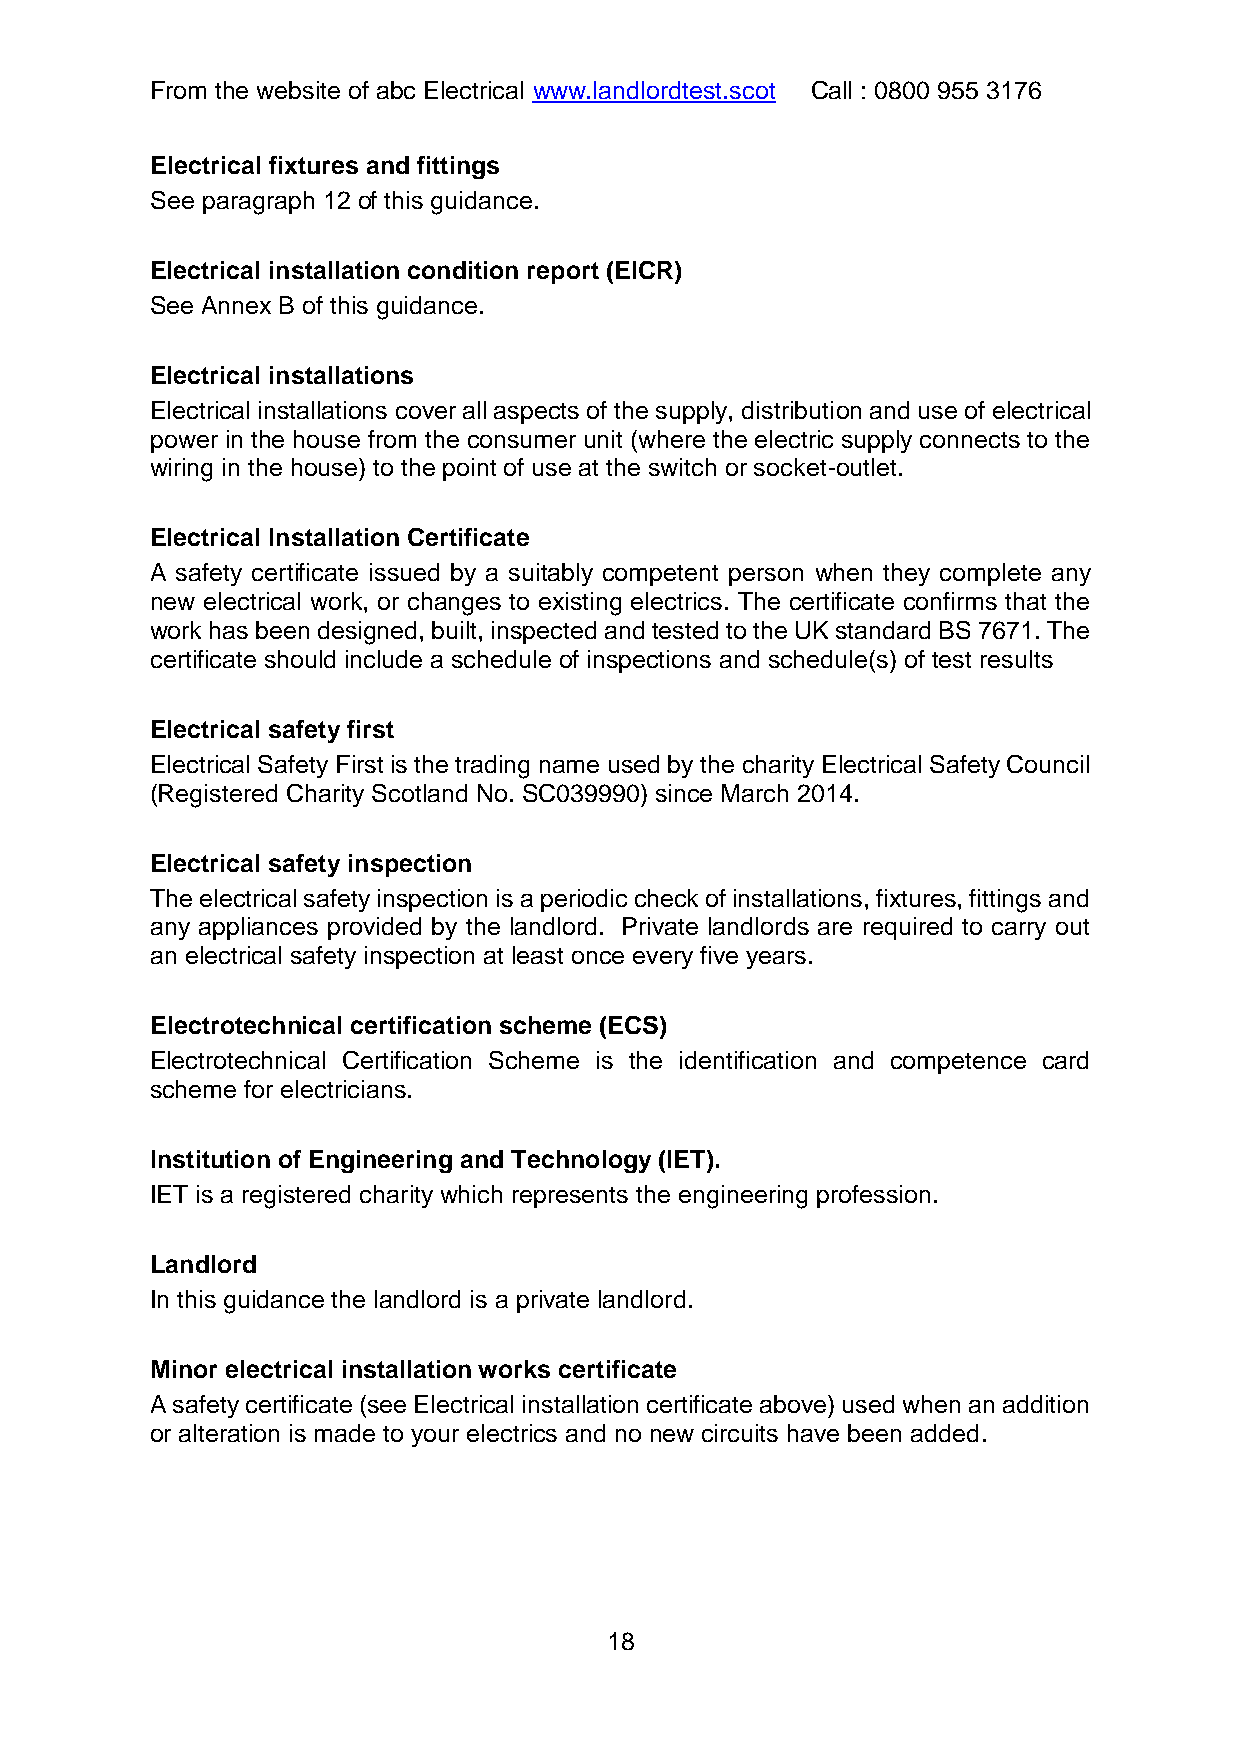
From the website of abc Electrical www.landlordtest.scot Call : 0800 955 3176
 Electrical fixtures and fittings
 See paragraph 12 of this guidance.
 Electrical installation condition report (EICR)
 See Annex B of this guidance.
 Electrical installations
 Electrical installations cover all aspects of the supply, distribution and use of electrical
 power in the house from the consumer unit (where the electric supply connects to the
 wiring in the house) to the point of use at the switch or socket-outlet.
 Electrical Installation Certificate
 A safety certificate issued by a suitably competent person when they complete any
 new electrical work, or changes to existing electrics. The certificate confirms that the
 work has been designed, built, inspected and tested to the UK standard BS 7671. The
 certificate should include a schedule of inspections and schedule(s) of test results
 Electrical safety first
 Electrical Safety First is the trading name used by the charity Electrical Safety Council
 (Registered Charity Scotland No. SC039990) since March 2014.
 Electrical safety inspection
 The electrical safety inspection is a periodic check of installations, fixtures, fittings and
 any appliances provided by the landlord. Private landlords are required to carry out
 an electrical safety inspection at least once every five years.
 Electrotechnical certification scheme (ECS)
 Electrotechnical Certification Scheme is the identification and competence card
 scheme for electricians.
 Institution of Engineering and Technology (IET).
 IET is a registered charity which represents the engineering profession.
 Landlord
 In this guidance the landlord is a private landlord.
 Minor electrical installation works certificate
 A safety certificate (see Electrical installation certificate above) used when an addition
 or alteration is made to your electrics and no new circuits have been added.
 18